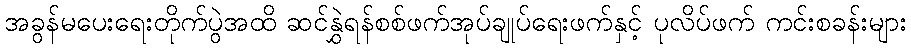
အခွန်မပေးရေးတိုက်ပွဲအထိ ဆင်နွှဲရန်စစ်ဖက်အုပ်ချုပ်ရေးဖက်နှင့် ပုလိပ်ဖက် ကင်းစခန်းများ